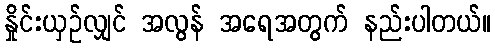
နှိုင်းယှဉ်လျှင် အလွန် အရေအတွက် နည်းပါတယ်။